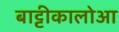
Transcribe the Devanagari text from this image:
बाट्टीकालोआ